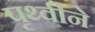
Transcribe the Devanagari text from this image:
पृथ्वीने